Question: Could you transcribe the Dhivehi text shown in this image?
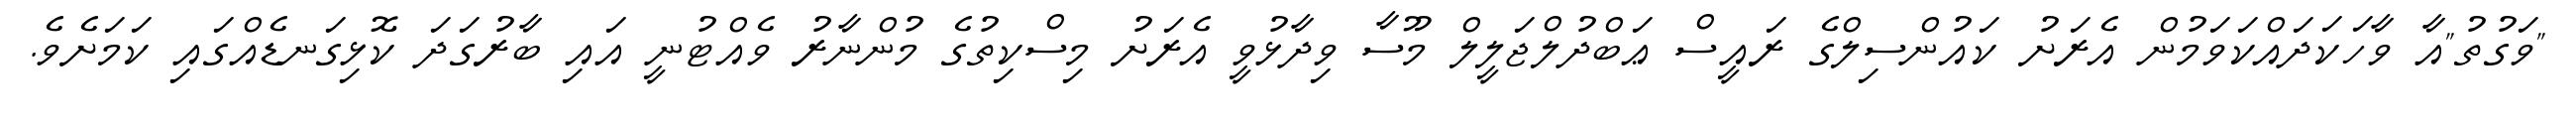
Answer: "ވަގުތު"އާ ވާހަކަދައްކަވަމުން އެރަށު ކައުންސިލްގެ ރައީސް ޢަބްދުލްޖަލީލް މޫސާ ވިދާޅުވީ އެރަށު މިސްކިތުގެ މުންނާރު ވެއްޓުނީ އައި ބާރުގަދަ ކޮޅިގަނޑެއްގައި ކަމަށެވެ.